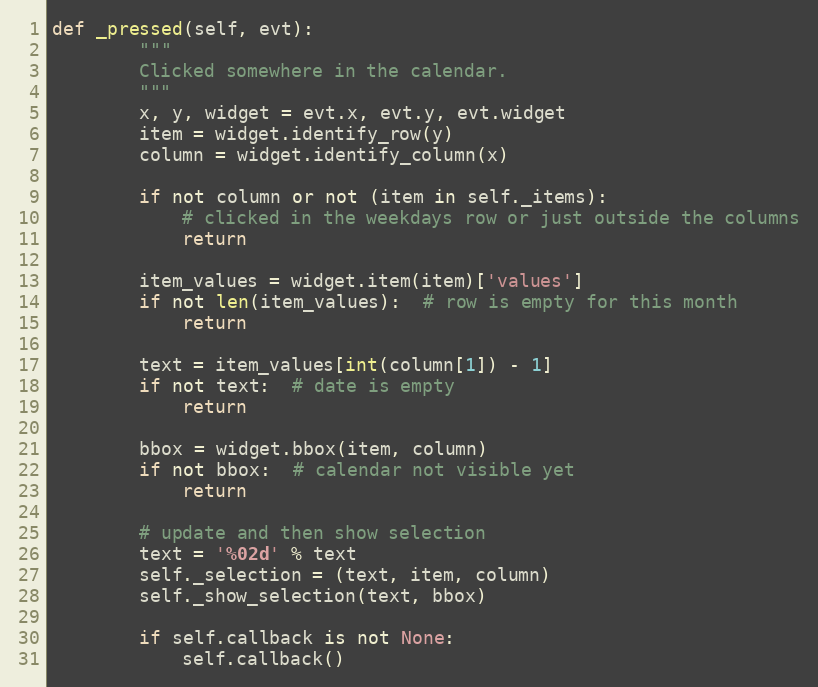
Language: Python
def _pressed(self, evt):
        """
        Clicked somewhere in the calendar.
        """
        x, y, widget = evt.x, evt.y, evt.widget
        item = widget.identify_row(y)
        column = widget.identify_column(x)

        if not column or not (item in self._items):
            # clicked in the weekdays row or just outside the columns
            return

        item_values = widget.item(item)['values']
        if not len(item_values):  # row is empty for this month
            return

        text = item_values[int(column[1]) - 1]
        if not text:  # date is empty
            return

        bbox = widget.bbox(item, column)
        if not bbox:  # calendar not visible yet
            return

        # update and then show selection
        text = '%02d' % text
        self._selection = (text, item, column)
        self._show_selection(text, bbox)

        if self.callback is not None:
            self.callback()